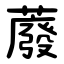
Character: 䕠